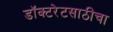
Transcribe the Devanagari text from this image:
डॉक्टरेटसाठीचा